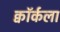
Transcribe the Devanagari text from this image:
क्वॉर्कला